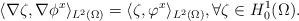
LaTeX: \begin{align*} \langle \nabla \zeta, \nabla \phi^x \rangle_{L^2(\Omega)} = \langle \zeta, \varphi^x \rangle_{L^2(\Omega)}, \forall \zeta \in H_0^1(\Omega).\end{align*}